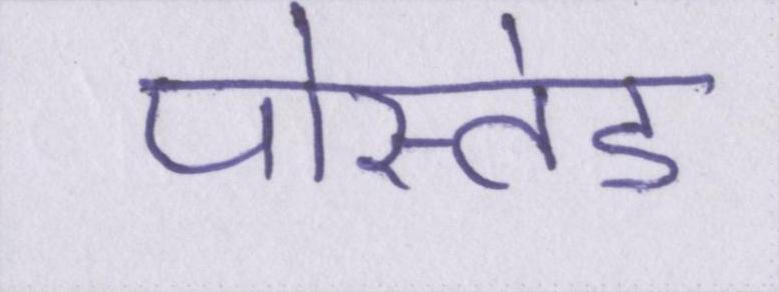
पोस्तेड